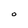
Character: O